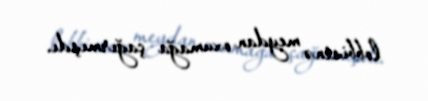
lobbisinə meydan oxumağa çağırmışdı.